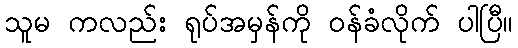
သူမ ကလည်း ရုပ်အမှန်ကို ဝန်ခံလိုက် ပါပြီ။